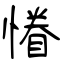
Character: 慻